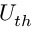
U _ { t h }